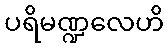
ပရိမဏ္ဍလေဟိ